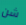
شن